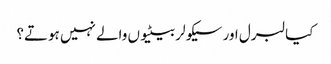
کیا لبرل اور سیکولر بیٹیوں والے نہیں ہوتے؟